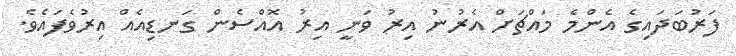
ފަރުބަދައިގެ އެންމެ މައްޗަށް އެރުނު އިރު ވަނީ އިރު އޮއްސެން ގަނޑިއެއް އިރުވެފައެވެ.